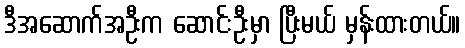
ဒီအဆောက်အဦးက ဆောင်းဦးမှာ ပြီးမယ် မှန်းထားတယ်။